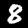
Digit: 8